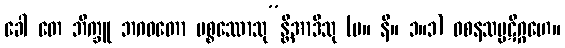
ခေါ တေ ဘိက္ခူ ဘဂဝတော ပစ္စဿောသု”န္တိအာဒီသု (မ။ နိ။ ၁။၁) ဝစနသမ္ပဋိဂ္ဂဟေ။